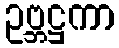
ဥဗ္ဘဋ္ဌကာ